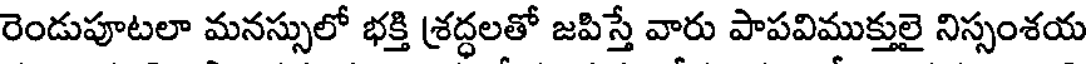
రెండుపూటలా మనస్సులో భక్తి శ్రద్ధలతో జపిస్తే వారు పాపవిముక్తులై నిస్సంశయ